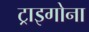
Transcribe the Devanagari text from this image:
ट्राइगोना